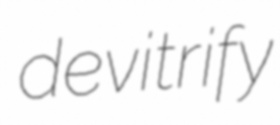
devitrify